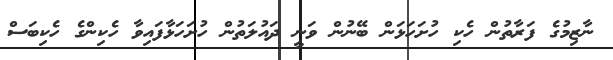
ނާޒިމުގެ ފަރާތުން ހެކި ހުށަހަޅަން ބޭނުން ވަނީ ދައުލަތުން ހުށަހަޅާފައިވާ ހެކިންގެ ހެކިބަސް